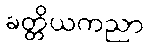
ခတ္တိယကညာ